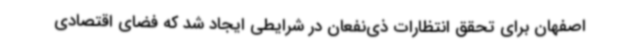
اصفهان برای تحقق انتظارات ذی‌نفعان در شرایطی ایجاد شد که فضای اقتصادی